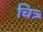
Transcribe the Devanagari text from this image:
चित्र्